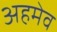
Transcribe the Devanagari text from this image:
अहमेव